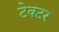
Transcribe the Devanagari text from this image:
टेक्टर